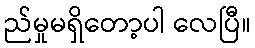
ည်မှုမရှိတော့ပါ လေပြီ။